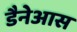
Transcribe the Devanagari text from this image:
डैनेआस